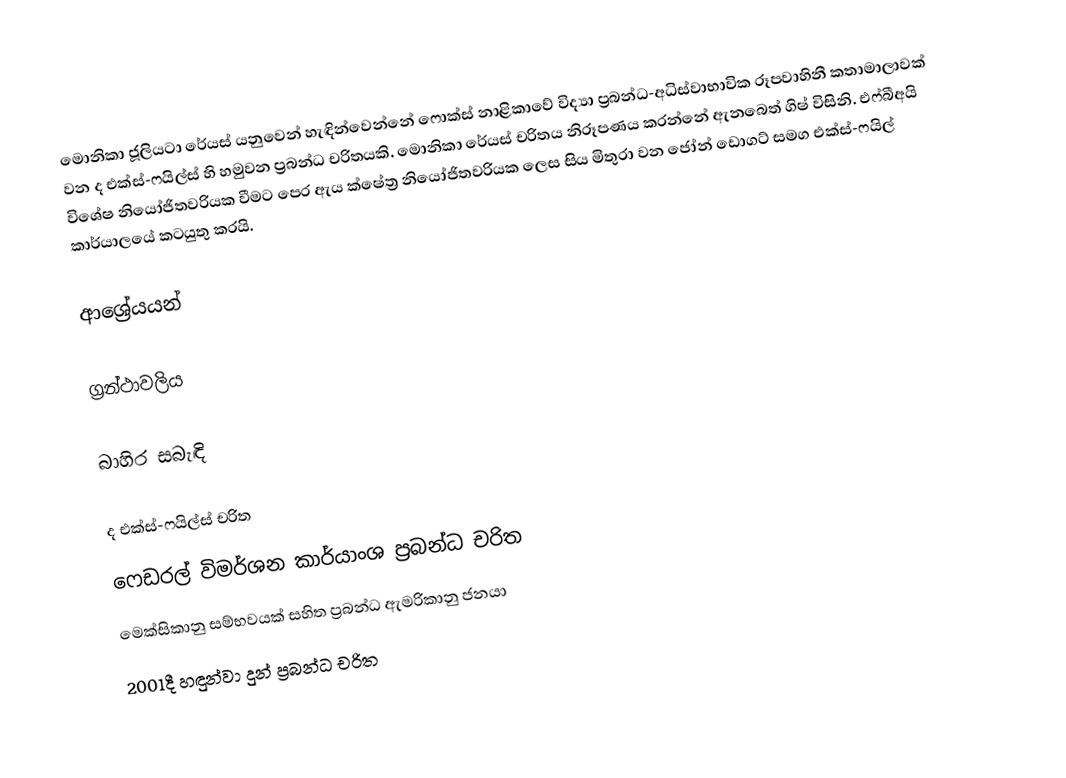
මොනිකා ජූලියටා රේයස් ‍යනුවෙන් හැඳින්වෙන්නේ ෆොක්ස් නාළිකාවේ විද්‍යා ප්‍රබන්ධ-අධිස්වාභාවික රූපවාහිනී කතාමාලාවක් වන ද එක්ස්-ෆයිල්ස් හි හමුවන ප්‍රබන්ධ චරිතයකි. මොනිකා රේයස් චරිතය නිරූපණය කරන්නේ ඇනබෙත් ගිෂ් විසිනි. එෆ්බීඅයි විශේෂ නියෝජිතවරියක වීමට පෙර ඇය ක්ෂේත්‍ර නියෝජිතවරියක ලෙස සිය මිතුරා වන ජෝන් ඩොගට් සමග එක්ස්-ෆයිල් කාර්යාලයේ කටයුතු කරයි.

ආශ්‍රේයයන්

ග්‍රන්ථාවලිය

බාහිර සබැඳි

ද එක්ස්-ෆයිල්ස් චරිත
ෆෙඩරල් විමර්ශන කාර්යාංශ ප්‍රබන්ධ චරිත
මෙක්සිකානු සම්භවයක් සහිත ප්‍රබන්ධ ඇමරිකානු ජනයා
2001දී හඳුන්වා දුන් ප්‍රබන්ධ චරිත